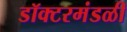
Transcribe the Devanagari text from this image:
डॉक्टरमंडळी